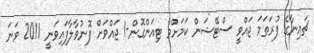
ޗައިނާގެ ފުރަތަމަ ޖައްވީ ސްޓޭޝަން ކަމަށްވާ ޓިއަންގޮން-1 ޖައްވަށް ފޮނުވާލާފައިވަނީ 2011 ވަނަ